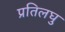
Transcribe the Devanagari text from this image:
प्रतिलघु